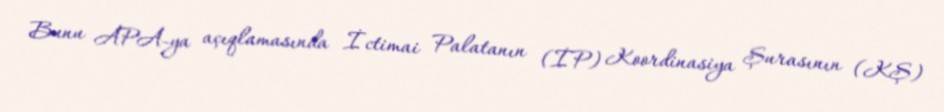
Bunu APA-ya açıqlamasında İctimai Palatanın (İP) Koordinasiya Şurasının (KŞ)